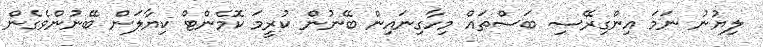
ލިޔުނު ނަމަ އިންގިރޭސި ބަސްތައް މިހާގިނައިން ބޭނުން ކުރީމަ ކޮމެންޓް ކިޔާލަން ބޭނުންވެގެން